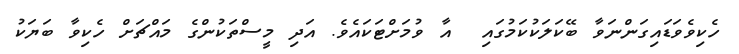
ހެކިވެވަޑައިގަންނަވާ ބޭކަލަކުކަމުގައި  އާ ވުމަށްޓަކައެވެ. އަދި މީސްތަކުންގެ މައްޗަށް ހެކިވާ ބަޔަކު